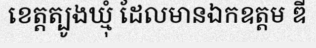
ខេត្តត្បូងឃ្មុំ ដែលមានឯកឧត្តម ឌី